Vaccination in Burma 1900-1911 - 1900-1911
Year: 1900
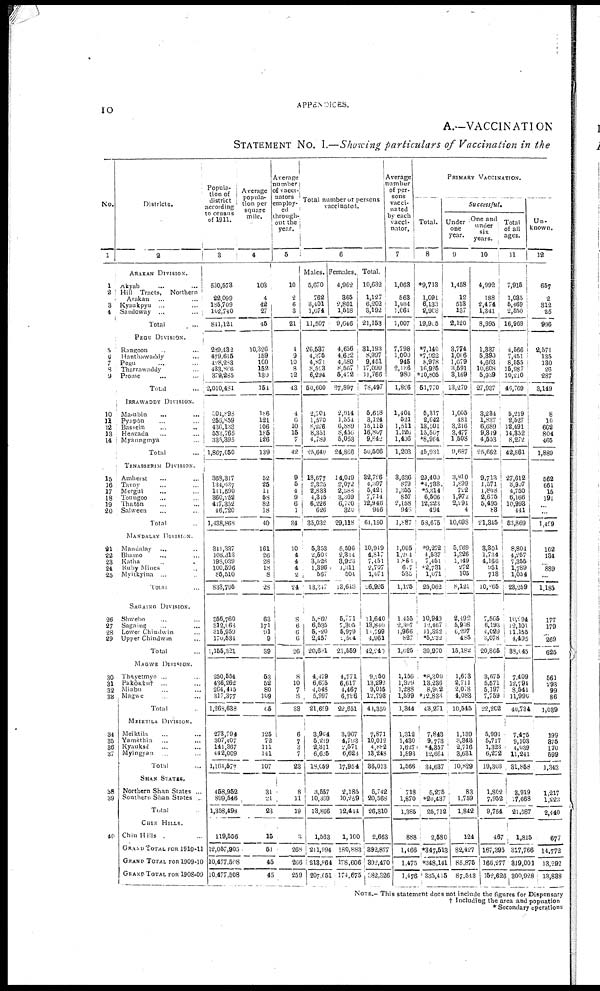
10
APPENDICES.
A.—VACCINATION
STATEMENT No. I.—Showing particulars of Vaccination in the
No.
1
1
2
3
4
5
6 7
8
9
10
11
12
13
14
15
16
17
18
19
20
21
22
23
24
25
26
27
28
29
30
31
32
33
34
35
36
37
38
39
40
Districts.
2
ABAKAN DIVISION.
Akyab ... ...
Hill Tracts, Northern
Arakan ... ...
Kyaukpyu ... ...
Saudoway
...
...
Total ...
PEGU DIVISION.
Rangoon ... ...
Hanthawaddy ... ...
Pegu ... ... ...
Tharrawaddy ... ...
Prome ... ... ...
Total ...
IRRAWADDY DIVISION.
Ma-ubin ... ...
Pyapôn ... ...
Bassein ... ...
Henzada ... ...
Myaungmya ... ...
Total ...
TENASSERIM DIVISION.
Amherst ... ...
Tavoy ... ...
Mergul ... ...
Toungoo ... ...
Thatôn ... ...
Salween ... ...
Total ...
MANDALAV DIVISION.
Mandalay ... ...
Bhamo ... ...
Katna ... ...
Ruby Mines ...
Myitkyina ... ...
Total ...
SAGAING
DIVISION.
Shwebo ... ... ...
Sagaing ... ...
Lower Chindwin ...
Upper Chindwin ...
Total ...
MAGWE DIVISION.
Thavetmyo ... ...
Pakôkkut ... ...
Minbu ... ...
Magwe ... ... ...
Total ...
MEIKTILA DIVISION.
Meiktila ... ... ...
Yamèthin ... ... ...
Kyauksè ... ... ...
Myingyan ... ...
Total ...
SHAN STATES.
Northern Shan States ...
Southern Shan States ...
Total ...
CHIN HILLS.
Chin Hills ... ...
GRAND TOTAL FOR 1910-11
GRAND TOTAL FOR 1909-10
GRAND TOTAL FOR 1908-09
Popula-
tion of
district
according
to census
of 1911.
3
530,573
22 099
185,709
162,740
844,121
289,432
479,615
428,283
433,866
379,285
2,010,481
204,898
256,859
436,133
533,765
335,395
1,867,050
368,317
134,637
111,590
360,252
417,352 46,720
1,438,868
341,337
108,313
198,039
100,596
85,510
833,795
356,760
312,068
315,959
170,534
1,155,321
250,554
436,262
264,415
317,377
1,268,638
273,794
307,407
141,367
442,009
1,164,577
458,952
899,546
1,358,493
119,556
12,057,905
10,477,508
10,477,508
Average
popula-
tion per
square
mile.
4
103
4
42
27
45
10,326
159
100
152
130
154
186
121
106
185
126
139
52
25
11
58
82
18
40
161
26
28
18
8
28
63
171
91
9
39
53
52
80
109
65
125
72
111
141
107
31
.21
23
15
51
45
45
Average
number
of vacci-
nators
employ-
ed
through-
out the
year.
5
10
2
6
3
21
4
9
10
8
12
13
4
6
10
15
7
42
9
5
4
9
6 1
34
10
4
4
4
2
24
8
6
6
6
26
8
10
7 3
38
6
7
3
7
23
8
11
19
3
268
206
259
Total number or persons
vaccinated.
6
Males.
5,670
762
3,401
1,674
11,507
26,537
4,376
4,871
8,523
6,294
50,600
2,704
1,570
8,226
8,351
1,789
25,640
18,677
2,325
2,833
4,345
6,226
626
35,032
5,353
2,500
3,528
1,396
567
13,347
5,869
6,535
5,020
2,457
20,681
4,479
6,675
4,548 5,997
21,699
i
3,904
5,219
2,311
6,625
18,059
3,557
10,369
13,866
1,563
211,994
213,864
207,051
Females.
4,962
365
2,801
1,518
9,646
4,656
4,622
4,580
8,567
5,472
27,897
2,914
1,554
6,889
8,456
5,053
24,866
14,019
2,072
2,588
3,369
6,720
320
29,118
5,596
2,314
3,923
1,311
504
13,618
5,771
7,305
5,979
2,504
21,559
4,771
6,617
4,467
6,796
22,651
3,967
4,793
2,571
6,623
17,954
2,185
10,259
12,414
1,100
180,883
178,606
174,675
Total.
10,632
1,127
6,202
3,192
21,153
31,193
8,997
9,451
17,090
11,766
78,497
5,618
3,124
15,115
16,807
9,842
50,506
32,726
4,397
5,421
7,714
12,946
946
64,150
10,949
4,817
7,451
2,707
1,071
26,995
11,640
13,840
10,799
4,961
42,240
9,250
13,292
9,015
12,798
41,350
7,871
10,012
4,882
13,248
36,013
5,742
20,568
26,310
2,663
392,877
392,470
382,326
Average
number
of per-
sons
vacci-
nated
by each
vacci-
nator.
7
1,068
563
1,034
1,064
1,007
7,798
1,000
945
2,136
980
1,826
1,404
521
1,511
1,120
1,406
1,203
3,636
879
1,355
857
2,158
946
1,887
1,095
1,204
1,860
607
530
1,125
1,455
2,307
1,966
827
1,625
1,156
1,329
1,288
1,599
1,344
1,312
1,430
1,627
1,893
1,566
718
1,870
1,385
888
1,466
1,475
1,476
PRIMARY VACCINATION.
Total.
8
*9,713
1,091
6,133
2,908
19,905
*7,140
*7,922
8,978
16,925
* 10,805
51,770
5,317
2,642
13,501
15,507
*8,964
45,931
29,400
*4,738
*5,314
6,506
12,223
494
53,675
*9,272
4,537
7,451
42,731
1,071
25,062
10,949
12,467
11,322
*5,232
39,970
*8,300
13,236
8,902
*12,833
43,271
7,843
9,773
*4,357
12,664
34,637
5,275
*20,437
25,712
2,580
*347,513
*348,141
335,415
Successful.
Under
one
year.
9
1,458
12
513
137
2,120
3,774
1,006
1,679
3,591
3,169
13,279
1,005
481
3,216
3,477
1,508
9,687
3,810
1,899
722
1,972
2,291
4
10,698
5,259
1,326
1,149
272
...
8,121
2,492
5,908
6,297
485
15,182
1,673
2,711
2,078
4,083
10,545
1,139
3,343
2,716
3,631
10,829
83
1,759
1,842
124
82,427
85,875
87,543
One and
under
six
years.
10
4,992
188
2,474
1,341
8,995
1,337
5,390
4,663
10,608
5,939
27,937
3,234
1,837
6,689
9,349
4,453
25,662
9,713
1,571
1,808
2,675
5,495
83
21,345
3,301
1,734
4,166
951
718
10,865
7,565
6,193
4,029
3,078
20,865
3,675
5,571
5,197
7,759
22,202
5,991
5,717
1,323
6,272
19,303
1,802
7,952
9,754
467
167,395
166,277
152,626
Total
of all
ages.
11
7,915
1,035
5,469
2,550
16,969
1,566
7,451
8,555
15,987
10,210
46,769
5,219
2,527
12,491
14,352
8,272
42,861
27,612
3,907
1,750
6,166
10,993
441
53,869
8,804
4,257
7,355
1,789
1,054
23,259
10,294
12,101
11,155
4,495
38,045
7,409
12,794
8,541 11,990
10,734
7,475
9,103
4,039
11,241
31,858
3,919
17,668
21,587
1,815
317,766
319,001
300,928
Un-
known.
12
657
2
312
25
996
2,571
135
130
26
287
3,149
8
10
662
804
465
1,889
562
661
15
191
...
...
1,409
162
134
...
889
...
1,185
177
179
...
269
625
561
293
99 86
1,039
199
375
170
599
1,343
1,217
1,223
2,440
677
14,772
13,292
13,838
NOTE.— This statement does not include the figures for Dispensary
† Including the area and popuation
* Secondary operations